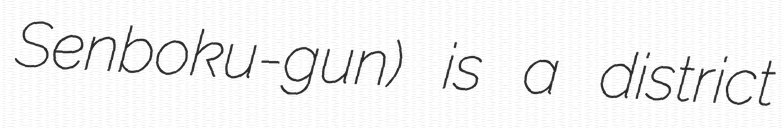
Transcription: Senboku-gun) is a district